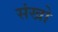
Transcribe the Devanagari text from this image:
संखो